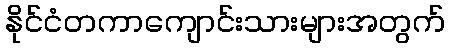
နိုင်ငံတကာကျောင်းသားများအတွက်